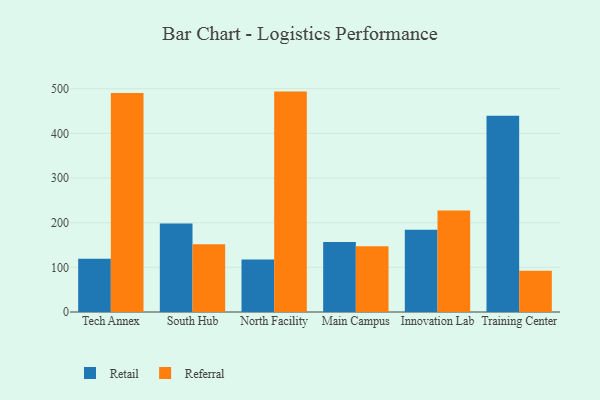
{"axis": {"x": "Campus", "y": "Energy Usage (MWh)"}, "legend": ["Referral", "Retail"], "data": [{"x": "Tech Annex", "y": 119.2, "type": "Retail"}, {"x": "Tech Annex", "y": 490.4, "type": "Referral"}, {"x": "South Hub", "y": 198.2, "type": "Retail"}, {"x": "South Hub", "y": 151.7, "type": "Referral"}, {"x": "North Facility", "y": 117.6, "type": "Retail"}, {"x": "North Facility", "y": 493.5, "type": "Referral"}, {"x": "Main Campus", "y": 156.8, "type": "Retail"}, {"x": "Main Campus", "y": 147.5, "type": "Referral"}, {"x": "Innovation Lab", "y": 184.3, "type": "Retail"}, {"x": "Innovation Lab", "y": 227.4, "type": "Referral"}, {"x": "Training Center", "y": 439.2, "type": "Retail"}, {"x": "Training Center", "y": 92.1, "type": "Referral"}]}